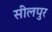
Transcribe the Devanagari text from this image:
सीलपुर